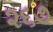
૨૬૭